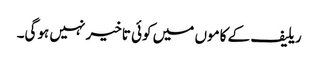
ریلیف کے کاموں میں کوئی تاخیر نہیں ہوگی۔